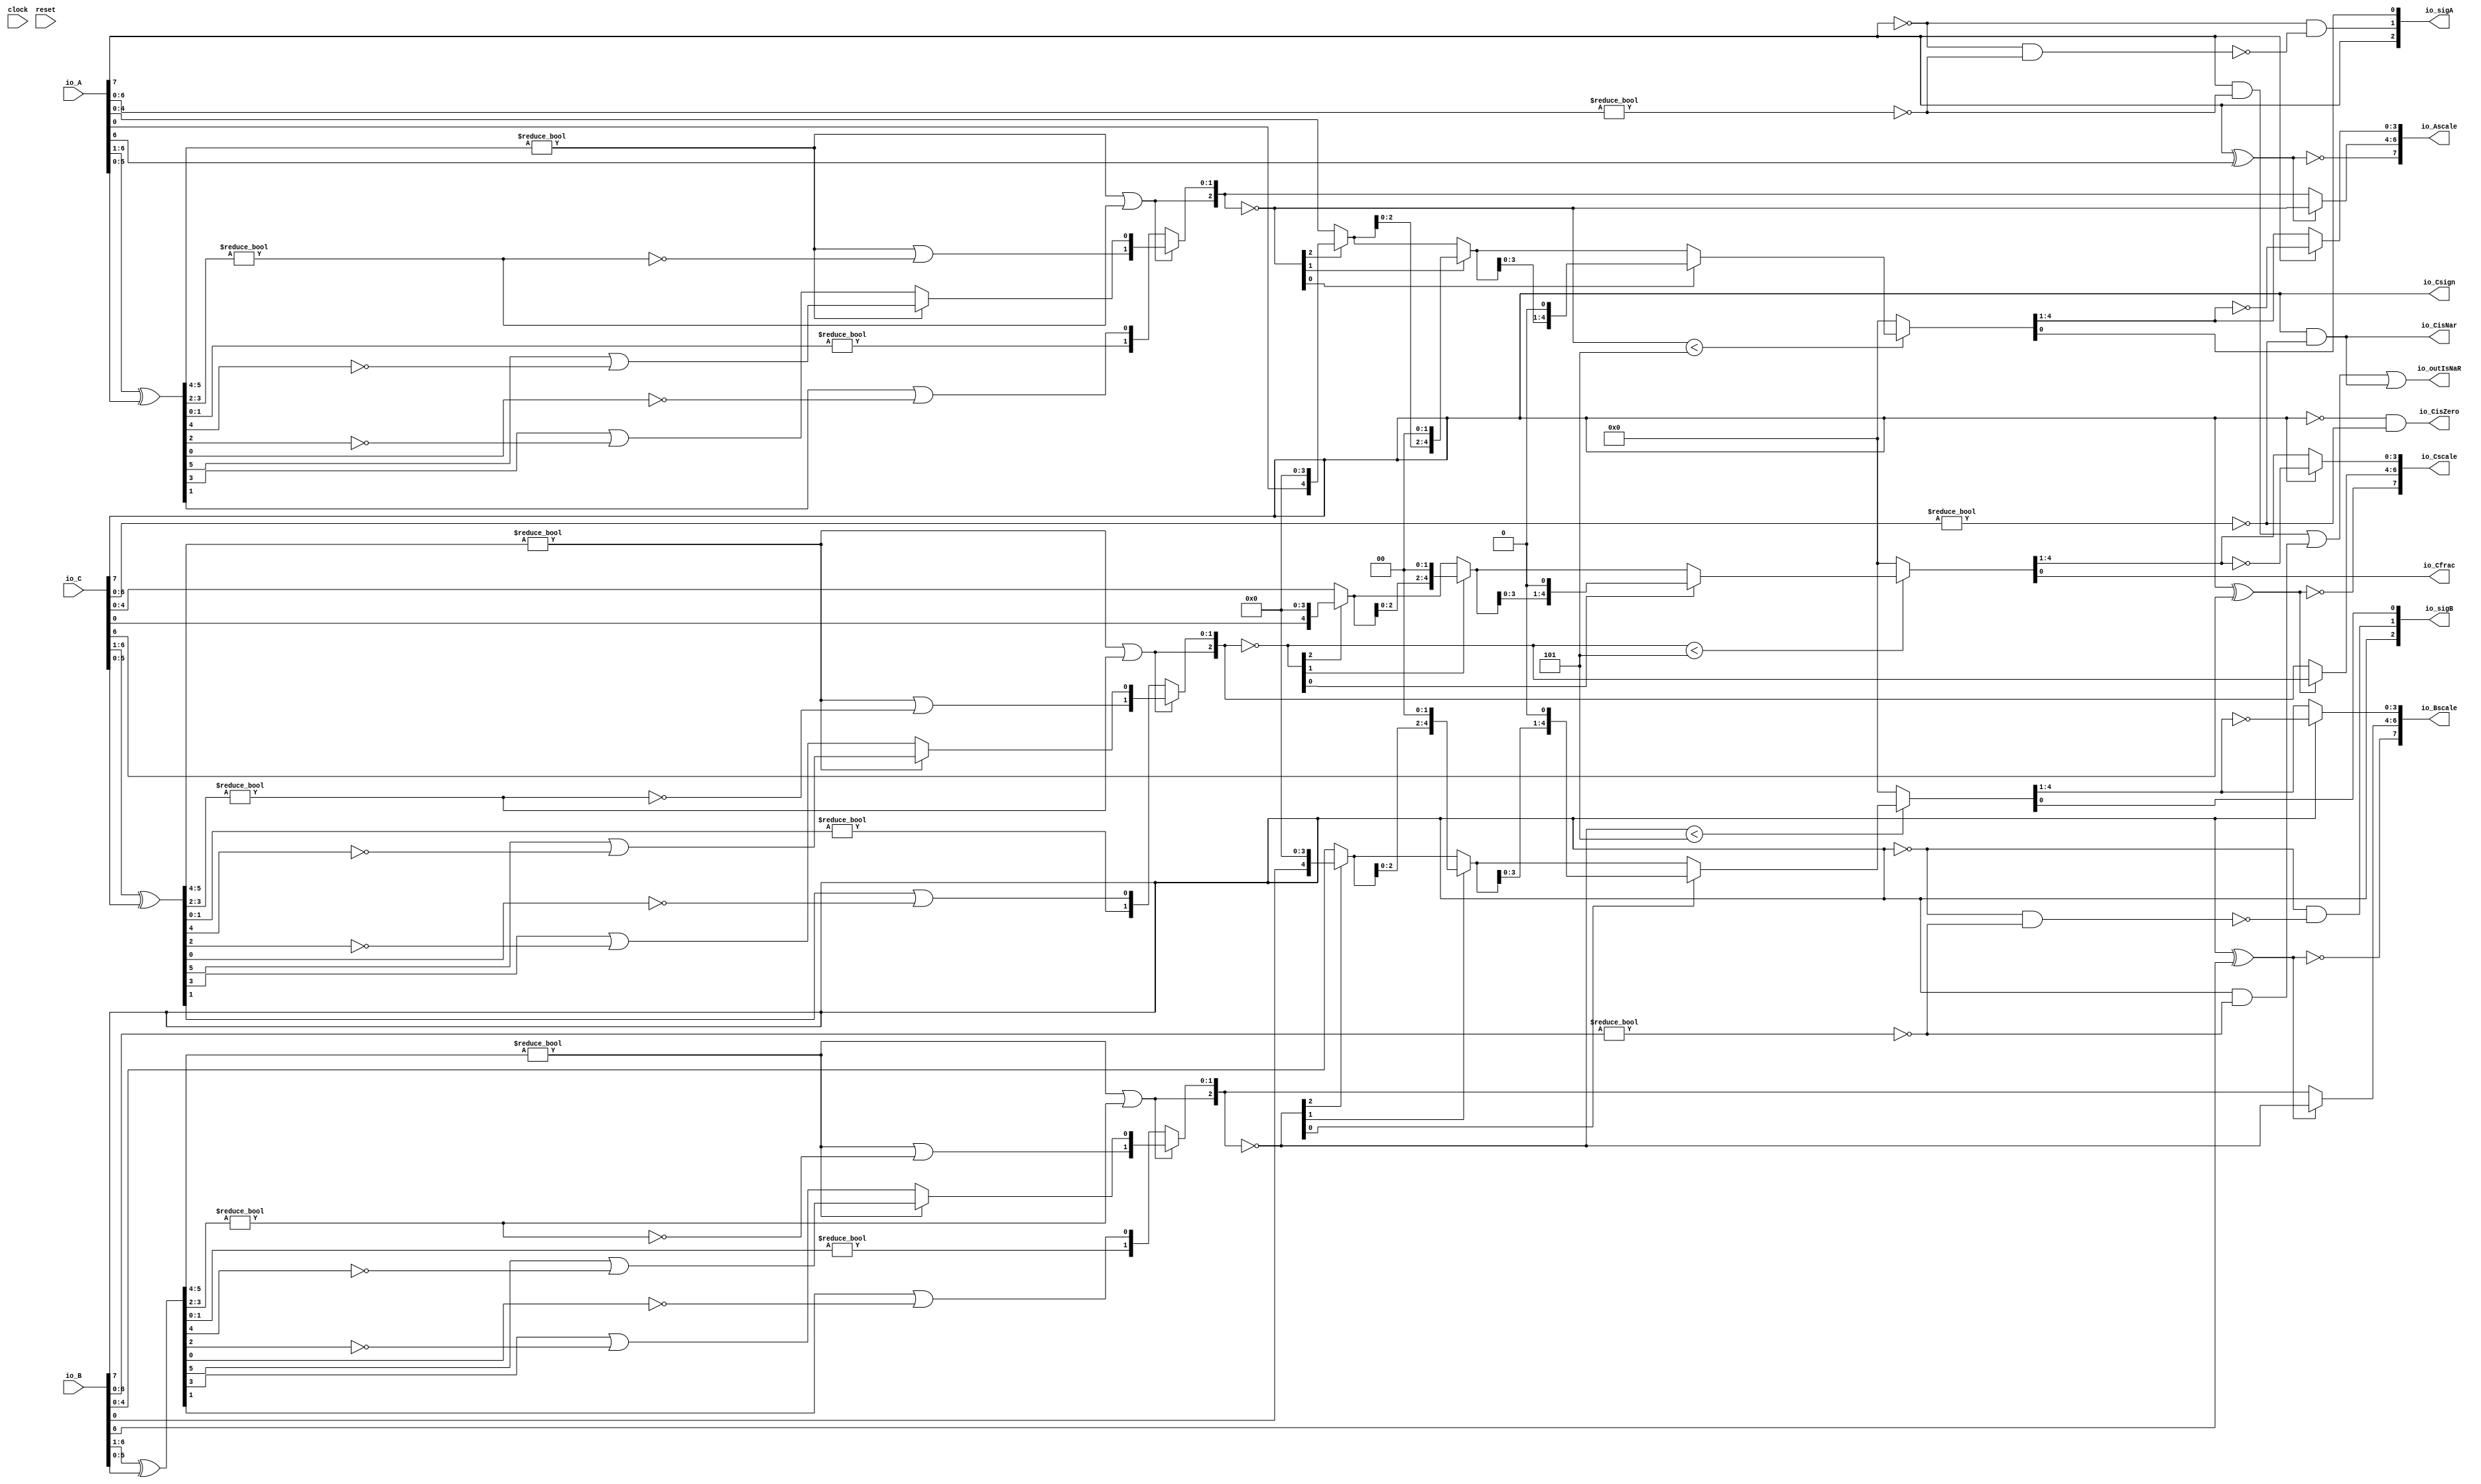
module FMA_Dec8_4(
  input        clock,
  input        reset,
  input  [7:0] io_A,
  input  [7:0] io_B,
  input  [7:0] io_C,
  output [2:0] io_sigA,
  output [2:0] io_sigB,
  output       io_outIsNaR,
  output       io_Csign,
  output       io_CisNar,
  output       io_CisZero,
  output       io_Cfrac,
  output [7:0] io_Ascale,
  output [7:0] io_Bscale,
  output [7:0] io_Cscale
);
  wire [8:0] _T_2; // @[FMA_Dec.scala 38:46]
  wire [7:0] realA; // @[FMA_Dec.scala 38:46]
  wire [8:0] _T_5; // @[FMA_Dec.scala 39:46]
  wire [7:0] realC; // @[FMA_Dec.scala 39:46]
  wire  _T_7; // @[convert.scala 18:24]
  wire  _T_8; // @[convert.scala 18:40]
  wire  _T_9; // @[convert.scala 18:36]
  wire [5:0] _T_10; // @[convert.scala 19:24]
  wire [5:0] _T_11; // @[convert.scala 19:43]
  wire [5:0] _T_12; // @[convert.scala 19:39]
  wire [3:0] _T_13; // @[LZD.scala 43:32]
  wire [1:0] _T_14; // @[LZD.scala 43:32]
  wire  _T_15; // @[LZD.scala 39:14]
  wire  _T_16; // @[LZD.scala 39:21]
  wire  _T_17; // @[LZD.scala 39:30]
  wire  _T_18; // @[LZD.scala 39:27]
  wire  _T_19; // @[LZD.scala 39:25]
  wire [1:0] _T_20; // @[Cat.scala 29:58]
  wire [1:0] _T_21; // @[LZD.scala 44:32]
  wire  _T_22; // @[LZD.scala 39:14]
  wire  _T_23; // @[LZD.scala 39:21]
  wire  _T_24; // @[LZD.scala 39:30]
  wire  _T_25; // @[LZD.scala 39:27]
  wire  _T_26; // @[LZD.scala 39:25]
  wire [1:0] _T_27; // @[Cat.scala 29:58]
  wire  _T_28; // @[Shift.scala 12:21]
  wire  _T_29; // @[Shift.scala 12:21]
  wire  _T_30; // @[LZD.scala 49:16]
  wire  _T_31; // @[LZD.scala 49:27]
  wire  _T_32; // @[LZD.scala 49:25]
  wire  _T_33; // @[LZD.scala 49:47]
  wire  _T_34; // @[LZD.scala 49:59]
  wire  _T_35; // @[LZD.scala 49:35]
  wire [2:0] _T_37; // @[Cat.scala 29:58]
  wire [1:0] _T_38; // @[LZD.scala 44:32]
  wire  _T_39; // @[LZD.scala 39:14]
  wire  _T_40; // @[LZD.scala 39:21]
  wire  _T_41; // @[LZD.scala 39:30]
  wire  _T_42; // @[LZD.scala 39:27]
  wire  _T_43; // @[LZD.scala 39:25]
  wire [1:0] _T_44; // @[Cat.scala 29:58]
  wire  _T_45; // @[Shift.scala 12:21]
  wire [1:0] _T_47; // @[LZD.scala 55:32]
  wire [1:0] _T_48; // @[LZD.scala 55:20]
  wire [2:0] _T_49; // @[Cat.scala 29:58]
  wire [2:0] _T_50; // @[convert.scala 21:22]
  wire [4:0] _T_51; // @[convert.scala 22:36]
  wire  _T_52; // @[Shift.scala 16:24]
  wire  _T_54; // @[Shift.scala 12:21]
  wire  _T_55; // @[Shift.scala 64:52]
  wire [4:0] _T_57; // @[Cat.scala 29:58]
  wire [4:0] _T_58; // @[Shift.scala 64:27]
  wire [1:0] _T_59; // @[Shift.scala 66:70]
  wire  _T_60; // @[Shift.scala 12:21]
  wire [2:0] _T_61; // @[Shift.scala 64:52]
  wire [4:0] _T_63; // @[Cat.scala 29:58]
  wire [4:0] _T_64; // @[Shift.scala 64:27]
  wire  _T_65; // @[Shift.scala 66:70]
  wire [3:0] _T_67; // @[Shift.scala 64:52]
  wire [4:0] _T_68; // @[Cat.scala 29:58]
  wire [4:0] _T_69; // @[Shift.scala 64:27]
  wire [4:0] _T_70; // @[Shift.scala 16:10]
  wire [3:0] _T_71; // @[convert.scala 23:34]
  wire  decA_fraction; // @[convert.scala 24:34]
  wire  _T_73; // @[convert.scala 25:26]
  wire [2:0] _T_75; // @[convert.scala 25:42]
  wire [3:0] _T_78; // @[convert.scala 26:67]
  wire [3:0] _T_79; // @[convert.scala 26:51]
  wire [7:0] _T_80; // @[Cat.scala 29:58]
  wire [6:0] _T_82; // @[convert.scala 29:56]
  wire  _T_83; // @[convert.scala 29:60]
  wire  _T_84; // @[convert.scala 29:41]
  wire  decA_isNaR; // @[convert.scala 29:39]
  wire  _T_87; // @[convert.scala 30:19]
  wire  decA_isZero; // @[convert.scala 30:41]
  wire  _T_96; // @[convert.scala 18:24]
  wire  _T_97; // @[convert.scala 18:40]
  wire  _T_98; // @[convert.scala 18:36]
  wire [5:0] _T_99; // @[convert.scala 19:24]
  wire [5:0] _T_100; // @[convert.scala 19:43]
  wire [5:0] _T_101; // @[convert.scala 19:39]
  wire [3:0] _T_102; // @[LZD.scala 43:32]
  wire [1:0] _T_103; // @[LZD.scala 43:32]
  wire  _T_104; // @[LZD.scala 39:14]
  wire  _T_105; // @[LZD.scala 39:21]
  wire  _T_106; // @[LZD.scala 39:30]
  wire  _T_107; // @[LZD.scala 39:27]
  wire  _T_108; // @[LZD.scala 39:25]
  wire [1:0] _T_109; // @[Cat.scala 29:58]
  wire [1:0] _T_110; // @[LZD.scala 44:32]
  wire  _T_111; // @[LZD.scala 39:14]
  wire  _T_112; // @[LZD.scala 39:21]
  wire  _T_113; // @[LZD.scala 39:30]
  wire  _T_114; // @[LZD.scala 39:27]
  wire  _T_115; // @[LZD.scala 39:25]
  wire [1:0] _T_116; // @[Cat.scala 29:58]
  wire  _T_117; // @[Shift.scala 12:21]
  wire  _T_118; // @[Shift.scala 12:21]
  wire  _T_119; // @[LZD.scala 49:16]
  wire  _T_120; // @[LZD.scala 49:27]
  wire  _T_121; // @[LZD.scala 49:25]
  wire  _T_122; // @[LZD.scala 49:47]
  wire  _T_123; // @[LZD.scala 49:59]
  wire  _T_124; // @[LZD.scala 49:35]
  wire [2:0] _T_126; // @[Cat.scala 29:58]
  wire [1:0] _T_127; // @[LZD.scala 44:32]
  wire  _T_128; // @[LZD.scala 39:14]
  wire  _T_129; // @[LZD.scala 39:21]
  wire  _T_130; // @[LZD.scala 39:30]
  wire  _T_131; // @[LZD.scala 39:27]
  wire  _T_132; // @[LZD.scala 39:25]
  wire [1:0] _T_133; // @[Cat.scala 29:58]
  wire  _T_134; // @[Shift.scala 12:21]
  wire [1:0] _T_136; // @[LZD.scala 55:32]
  wire [1:0] _T_137; // @[LZD.scala 55:20]
  wire [2:0] _T_138; // @[Cat.scala 29:58]
  wire [2:0] _T_139; // @[convert.scala 21:22]
  wire [4:0] _T_140; // @[convert.scala 22:36]
  wire  _T_141; // @[Shift.scala 16:24]
  wire  _T_143; // @[Shift.scala 12:21]
  wire  _T_144; // @[Shift.scala 64:52]
  wire [4:0] _T_146; // @[Cat.scala 29:58]
  wire [4:0] _T_147; // @[Shift.scala 64:27]
  wire [1:0] _T_148; // @[Shift.scala 66:70]
  wire  _T_149; // @[Shift.scala 12:21]
  wire [2:0] _T_150; // @[Shift.scala 64:52]
  wire [4:0] _T_152; // @[Cat.scala 29:58]
  wire [4:0] _T_153; // @[Shift.scala 64:27]
  wire  _T_154; // @[Shift.scala 66:70]
  wire [3:0] _T_156; // @[Shift.scala 64:52]
  wire [4:0] _T_157; // @[Cat.scala 29:58]
  wire [4:0] _T_158; // @[Shift.scala 64:27]
  wire [4:0] _T_159; // @[Shift.scala 16:10]
  wire [3:0] _T_160; // @[convert.scala 23:34]
  wire  decB_fraction; // @[convert.scala 24:34]
  wire  _T_162; // @[convert.scala 25:26]
  wire [2:0] _T_164; // @[convert.scala 25:42]
  wire [3:0] _T_167; // @[convert.scala 26:67]
  wire [3:0] _T_168; // @[convert.scala 26:51]
  wire [7:0] _T_169; // @[Cat.scala 29:58]
  wire [6:0] _T_171; // @[convert.scala 29:56]
  wire  _T_172; // @[convert.scala 29:60]
  wire  _T_173; // @[convert.scala 29:41]
  wire  decB_isNaR; // @[convert.scala 29:39]
  wire  _T_176; // @[convert.scala 30:19]
  wire  decB_isZero; // @[convert.scala 30:41]
  wire  _T_185; // @[convert.scala 18:24]
  wire  _T_186; // @[convert.scala 18:40]
  wire  _T_187; // @[convert.scala 18:36]
  wire [5:0] _T_188; // @[convert.scala 19:24]
  wire [5:0] _T_189; // @[convert.scala 19:43]
  wire [5:0] _T_190; // @[convert.scala 19:39]
  wire [3:0] _T_191; // @[LZD.scala 43:32]
  wire [1:0] _T_192; // @[LZD.scala 43:32]
  wire  _T_193; // @[LZD.scala 39:14]
  wire  _T_194; // @[LZD.scala 39:21]
  wire  _T_195; // @[LZD.scala 39:30]
  wire  _T_196; // @[LZD.scala 39:27]
  wire  _T_197; // @[LZD.scala 39:25]
  wire [1:0] _T_198; // @[Cat.scala 29:58]
  wire [1:0] _T_199; // @[LZD.scala 44:32]
  wire  _T_200; // @[LZD.scala 39:14]
  wire  _T_201; // @[LZD.scala 39:21]
  wire  _T_202; // @[LZD.scala 39:30]
  wire  _T_203; // @[LZD.scala 39:27]
  wire  _T_204; // @[LZD.scala 39:25]
  wire [1:0] _T_205; // @[Cat.scala 29:58]
  wire  _T_206; // @[Shift.scala 12:21]
  wire  _T_207; // @[Shift.scala 12:21]
  wire  _T_208; // @[LZD.scala 49:16]
  wire  _T_209; // @[LZD.scala 49:27]
  wire  _T_210; // @[LZD.scala 49:25]
  wire  _T_211; // @[LZD.scala 49:47]
  wire  _T_212; // @[LZD.scala 49:59]
  wire  _T_213; // @[LZD.scala 49:35]
  wire [2:0] _T_215; // @[Cat.scala 29:58]
  wire [1:0] _T_216; // @[LZD.scala 44:32]
  wire  _T_217; // @[LZD.scala 39:14]
  wire  _T_218; // @[LZD.scala 39:21]
  wire  _T_219; // @[LZD.scala 39:30]
  wire  _T_220; // @[LZD.scala 39:27]
  wire  _T_221; // @[LZD.scala 39:25]
  wire [1:0] _T_222; // @[Cat.scala 29:58]
  wire  _T_223; // @[Shift.scala 12:21]
  wire [1:0] _T_225; // @[LZD.scala 55:32]
  wire [1:0] _T_226; // @[LZD.scala 55:20]
  wire [2:0] _T_227; // @[Cat.scala 29:58]
  wire [2:0] _T_228; // @[convert.scala 21:22]
  wire [4:0] _T_229; // @[convert.scala 22:36]
  wire  _T_230; // @[Shift.scala 16:24]
  wire  _T_232; // @[Shift.scala 12:21]
  wire  _T_233; // @[Shift.scala 64:52]
  wire [4:0] _T_235; // @[Cat.scala 29:58]
  wire [4:0] _T_236; // @[Shift.scala 64:27]
  wire [1:0] _T_237; // @[Shift.scala 66:70]
  wire  _T_238; // @[Shift.scala 12:21]
  wire [2:0] _T_239; // @[Shift.scala 64:52]
  wire [4:0] _T_241; // @[Cat.scala 29:58]
  wire [4:0] _T_242; // @[Shift.scala 64:27]
  wire  _T_243; // @[Shift.scala 66:70]
  wire [3:0] _T_245; // @[Shift.scala 64:52]
  wire [4:0] _T_246; // @[Cat.scala 29:58]
  wire [4:0] _T_247; // @[Shift.scala 64:27]
  wire [4:0] _T_248; // @[Shift.scala 16:10]
  wire [3:0] _T_249; // @[convert.scala 23:34]
  wire  _T_251; // @[convert.scala 25:26]
  wire [2:0] _T_253; // @[convert.scala 25:42]
  wire [3:0] _T_256; // @[convert.scala 26:67]
  wire [3:0] _T_257; // @[convert.scala 26:51]
  wire [7:0] _T_258; // @[Cat.scala 29:58]
  wire [6:0] _T_260; // @[convert.scala 29:56]
  wire  _T_261; // @[convert.scala 29:60]
  wire  _T_262; // @[convert.scala 29:41]
  wire  decC_isNaR; // @[convert.scala 29:39]
  wire  _T_265; // @[convert.scala 30:19]
  wire  _T_273; // @[FMA_Dec.scala 46:30]
  wire  _T_275; // @[FMA_Dec.scala 49:34]
  wire  _T_276; // @[FMA_Dec.scala 49:47]
  wire  _T_277; // @[FMA_Dec.scala 49:45]
  wire [2:0] _T_279; // @[Cat.scala 29:58]
  wire  _T_281; // @[FMA_Dec.scala 50:34]
  wire  _T_282; // @[FMA_Dec.scala 50:47]
  wire  _T_283; // @[FMA_Dec.scala 50:45]
  wire [2:0] _T_285; // @[Cat.scala 29:58]
  assign _T_2 = {{1'd0}, io_A}; // @[FMA_Dec.scala 38:46]
  assign realA = _T_2[7:0]; // @[FMA_Dec.scala 38:46]
  assign _T_5 = {{1'd0}, io_C}; // @[FMA_Dec.scala 39:46]
  assign realC = _T_5[7:0]; // @[FMA_Dec.scala 39:46]
  assign _T_7 = realA[7]; // @[convert.scala 18:24]
  assign _T_8 = realA[6]; // @[convert.scala 18:40]
  assign _T_9 = _T_7 ^ _T_8; // @[convert.scala 18:36]
  assign _T_10 = realA[6:1]; // @[convert.scala 19:24]
  assign _T_11 = realA[5:0]; // @[convert.scala 19:43]
  assign _T_12 = _T_10 ^ _T_11; // @[convert.scala 19:39]
  assign _T_13 = _T_12[5:2]; // @[LZD.scala 43:32]
  assign _T_14 = _T_13[3:2]; // @[LZD.scala 43:32]
  assign _T_15 = _T_14 != 2'h0; // @[LZD.scala 39:14]
  assign _T_16 = _T_14[1]; // @[LZD.scala 39:21]
  assign _T_17 = _T_14[0]; // @[LZD.scala 39:30]
  assign _T_18 = ~ _T_17; // @[LZD.scala 39:27]
  assign _T_19 = _T_16 | _T_18; // @[LZD.scala 39:25]
  assign _T_20 = {_T_15,_T_19}; // @[Cat.scala 29:58]
  assign _T_21 = _T_13[1:0]; // @[LZD.scala 44:32]
  assign _T_22 = _T_21 != 2'h0; // @[LZD.scala 39:14]
  assign _T_23 = _T_21[1]; // @[LZD.scala 39:21]
  assign _T_24 = _T_21[0]; // @[LZD.scala 39:30]
  assign _T_25 = ~ _T_24; // @[LZD.scala 39:27]
  assign _T_26 = _T_23 | _T_25; // @[LZD.scala 39:25]
  assign _T_27 = {_T_22,_T_26}; // @[Cat.scala 29:58]
  assign _T_28 = _T_20[1]; // @[Shift.scala 12:21]
  assign _T_29 = _T_27[1]; // @[Shift.scala 12:21]
  assign _T_30 = _T_28 | _T_29; // @[LZD.scala 49:16]
  assign _T_31 = ~ _T_29; // @[LZD.scala 49:27]
  assign _T_32 = _T_28 | _T_31; // @[LZD.scala 49:25]
  assign _T_33 = _T_20[0:0]; // @[LZD.scala 49:47]
  assign _T_34 = _T_27[0:0]; // @[LZD.scala 49:59]
  assign _T_35 = _T_28 ? _T_33 : _T_34; // @[LZD.scala 49:35]
  assign _T_37 = {_T_30,_T_32,_T_35}; // @[Cat.scala 29:58]
  assign _T_38 = _T_12[1:0]; // @[LZD.scala 44:32]
  assign _T_39 = _T_38 != 2'h0; // @[LZD.scala 39:14]
  assign _T_40 = _T_38[1]; // @[LZD.scala 39:21]
  assign _T_41 = _T_38[0]; // @[LZD.scala 39:30]
  assign _T_42 = ~ _T_41; // @[LZD.scala 39:27]
  assign _T_43 = _T_40 | _T_42; // @[LZD.scala 39:25]
  assign _T_44 = {_T_39,_T_43}; // @[Cat.scala 29:58]
  assign _T_45 = _T_37[2]; // @[Shift.scala 12:21]
  assign _T_47 = _T_37[1:0]; // @[LZD.scala 55:32]
  assign _T_48 = _T_45 ? _T_47 : _T_44; // @[LZD.scala 55:20]
  assign _T_49 = {_T_45,_T_48}; // @[Cat.scala 29:58]
  assign _T_50 = ~ _T_49; // @[convert.scala 21:22]
  assign _T_51 = realA[4:0]; // @[convert.scala 22:36]
  assign _T_52 = _T_50 < 3'h5; // @[Shift.scala 16:24]
  assign _T_54 = _T_50[2]; // @[Shift.scala 12:21]
  assign _T_55 = _T_51[0:0]; // @[Shift.scala 64:52]
  assign _T_57 = {_T_55,4'h0}; // @[Cat.scala 29:58]
  assign _T_58 = _T_54 ? _T_57 : _T_51; // @[Shift.scala 64:27]
  assign _T_59 = _T_50[1:0]; // @[Shift.scala 66:70]
  assign _T_60 = _T_59[1]; // @[Shift.scala 12:21]
  assign _T_61 = _T_58[2:0]; // @[Shift.scala 64:52]
  assign _T_63 = {_T_61,2'h0}; // @[Cat.scala 29:58]
  assign _T_64 = _T_60 ? _T_63 : _T_58; // @[Shift.scala 64:27]
  assign _T_65 = _T_59[0:0]; // @[Shift.scala 66:70]
  assign _T_67 = _T_64[3:0]; // @[Shift.scala 64:52]
  assign _T_68 = {_T_67,1'h0}; // @[Cat.scala 29:58]
  assign _T_69 = _T_65 ? _T_68 : _T_64; // @[Shift.scala 64:27]
  assign _T_70 = _T_52 ? _T_69 : 5'h0; // @[Shift.scala 16:10]
  assign _T_71 = _T_70[4:1]; // @[convert.scala 23:34]
  assign decA_fraction = _T_70[0:0]; // @[convert.scala 24:34]
  assign _T_73 = _T_9 == 1'h0; // @[convert.scala 25:26]
  assign _T_75 = _T_9 ? _T_50 : _T_49; // @[convert.scala 25:42]
  assign _T_78 = ~ _T_71; // @[convert.scala 26:67]
  assign _T_79 = _T_7 ? _T_78 : _T_71; // @[convert.scala 26:51]
  assign _T_80 = {_T_73,_T_75,_T_79}; // @[Cat.scala 29:58]
  assign _T_82 = realA[6:0]; // @[convert.scala 29:56]
  assign _T_83 = _T_82 != 7'h0; // @[convert.scala 29:60]
  assign _T_84 = ~ _T_83; // @[convert.scala 29:41]
  assign decA_isNaR = _T_7 & _T_84; // @[convert.scala 29:39]
  assign _T_87 = _T_7 == 1'h0; // @[convert.scala 30:19]
  assign decA_isZero = _T_87 & _T_84; // @[convert.scala 30:41]
  assign _T_96 = io_B[7]; // @[convert.scala 18:24]
  assign _T_97 = io_B[6]; // @[convert.scala 18:40]
  assign _T_98 = _T_96 ^ _T_97; // @[convert.scala 18:36]
  assign _T_99 = io_B[6:1]; // @[convert.scala 19:24]
  assign _T_100 = io_B[5:0]; // @[convert.scala 19:43]
  assign _T_101 = _T_99 ^ _T_100; // @[convert.scala 19:39]
  assign _T_102 = _T_101[5:2]; // @[LZD.scala 43:32]
  assign _T_103 = _T_102[3:2]; // @[LZD.scala 43:32]
  assign _T_104 = _T_103 != 2'h0; // @[LZD.scala 39:14]
  assign _T_105 = _T_103[1]; // @[LZD.scala 39:21]
  assign _T_106 = _T_103[0]; // @[LZD.scala 39:30]
  assign _T_107 = ~ _T_106; // @[LZD.scala 39:27]
  assign _T_108 = _T_105 | _T_107; // @[LZD.scala 39:25]
  assign _T_109 = {_T_104,_T_108}; // @[Cat.scala 29:58]
  assign _T_110 = _T_102[1:0]; // @[LZD.scala 44:32]
  assign _T_111 = _T_110 != 2'h0; // @[LZD.scala 39:14]
  assign _T_112 = _T_110[1]; // @[LZD.scala 39:21]
  assign _T_113 = _T_110[0]; // @[LZD.scala 39:30]
  assign _T_114 = ~ _T_113; // @[LZD.scala 39:27]
  assign _T_115 = _T_112 | _T_114; // @[LZD.scala 39:25]
  assign _T_116 = {_T_111,_T_115}; // @[Cat.scala 29:58]
  assign _T_117 = _T_109[1]; // @[Shift.scala 12:21]
  assign _T_118 = _T_116[1]; // @[Shift.scala 12:21]
  assign _T_119 = _T_117 | _T_118; // @[LZD.scala 49:16]
  assign _T_120 = ~ _T_118; // @[LZD.scala 49:27]
  assign _T_121 = _T_117 | _T_120; // @[LZD.scala 49:25]
  assign _T_122 = _T_109[0:0]; // @[LZD.scala 49:47]
  assign _T_123 = _T_116[0:0]; // @[LZD.scala 49:59]
  assign _T_124 = _T_117 ? _T_122 : _T_123; // @[LZD.scala 49:35]
  assign _T_126 = {_T_119,_T_121,_T_124}; // @[Cat.scala 29:58]
  assign _T_127 = _T_101[1:0]; // @[LZD.scala 44:32]
  assign _T_128 = _T_127 != 2'h0; // @[LZD.scala 39:14]
  assign _T_129 = _T_127[1]; // @[LZD.scala 39:21]
  assign _T_130 = _T_127[0]; // @[LZD.scala 39:30]
  assign _T_131 = ~ _T_130; // @[LZD.scala 39:27]
  assign _T_132 = _T_129 | _T_131; // @[LZD.scala 39:25]
  assign _T_133 = {_T_128,_T_132}; // @[Cat.scala 29:58]
  assign _T_134 = _T_126[2]; // @[Shift.scala 12:21]
  assign _T_136 = _T_126[1:0]; // @[LZD.scala 55:32]
  assign _T_137 = _T_134 ? _T_136 : _T_133; // @[LZD.scala 55:20]
  assign _T_138 = {_T_134,_T_137}; // @[Cat.scala 29:58]
  assign _T_139 = ~ _T_138; // @[convert.scala 21:22]
  assign _T_140 = io_B[4:0]; // @[convert.scala 22:36]
  assign _T_141 = _T_139 < 3'h5; // @[Shift.scala 16:24]
  assign _T_143 = _T_139[2]; // @[Shift.scala 12:21]
  assign _T_144 = _T_140[0:0]; // @[Shift.scala 64:52]
  assign _T_146 = {_T_144,4'h0}; // @[Cat.scala 29:58]
  assign _T_147 = _T_143 ? _T_146 : _T_140; // @[Shift.scala 64:27]
  assign _T_148 = _T_139[1:0]; // @[Shift.scala 66:70]
  assign _T_149 = _T_148[1]; // @[Shift.scala 12:21]
  assign _T_150 = _T_147[2:0]; // @[Shift.scala 64:52]
  assign _T_152 = {_T_150,2'h0}; // @[Cat.scala 29:58]
  assign _T_153 = _T_149 ? _T_152 : _T_147; // @[Shift.scala 64:27]
  assign _T_154 = _T_148[0:0]; // @[Shift.scala 66:70]
  assign _T_156 = _T_153[3:0]; // @[Shift.scala 64:52]
  assign _T_157 = {_T_156,1'h0}; // @[Cat.scala 29:58]
  assign _T_158 = _T_154 ? _T_157 : _T_153; // @[Shift.scala 64:27]
  assign _T_159 = _T_141 ? _T_158 : 5'h0; // @[Shift.scala 16:10]
  assign _T_160 = _T_159[4:1]; // @[convert.scala 23:34]
  assign decB_fraction = _T_159[0:0]; // @[convert.scala 24:34]
  assign _T_162 = _T_98 == 1'h0; // @[convert.scala 25:26]
  assign _T_164 = _T_98 ? _T_139 : _T_138; // @[convert.scala 25:42]
  assign _T_167 = ~ _T_160; // @[convert.scala 26:67]
  assign _T_168 = _T_96 ? _T_167 : _T_160; // @[convert.scala 26:51]
  assign _T_169 = {_T_162,_T_164,_T_168}; // @[Cat.scala 29:58]
  assign _T_171 = io_B[6:0]; // @[convert.scala 29:56]
  assign _T_172 = _T_171 != 7'h0; // @[convert.scala 29:60]
  assign _T_173 = ~ _T_172; // @[convert.scala 29:41]
  assign decB_isNaR = _T_96 & _T_173; // @[convert.scala 29:39]
  assign _T_176 = _T_96 == 1'h0; // @[convert.scala 30:19]
  assign decB_isZero = _T_176 & _T_173; // @[convert.scala 30:41]
  assign _T_185 = realC[7]; // @[convert.scala 18:24]
  assign _T_186 = realC[6]; // @[convert.scala 18:40]
  assign _T_187 = _T_185 ^ _T_186; // @[convert.scala 18:36]
  assign _T_188 = realC[6:1]; // @[convert.scala 19:24]
  assign _T_189 = realC[5:0]; // @[convert.scala 19:43]
  assign _T_190 = _T_188 ^ _T_189; // @[convert.scala 19:39]
  assign _T_191 = _T_190[5:2]; // @[LZD.scala 43:32]
  assign _T_192 = _T_191[3:2]; // @[LZD.scala 43:32]
  assign _T_193 = _T_192 != 2'h0; // @[LZD.scala 39:14]
  assign _T_194 = _T_192[1]; // @[LZD.scala 39:21]
  assign _T_195 = _T_192[0]; // @[LZD.scala 39:30]
  assign _T_196 = ~ _T_195; // @[LZD.scala 39:27]
  assign _T_197 = _T_194 | _T_196; // @[LZD.scala 39:25]
  assign _T_198 = {_T_193,_T_197}; // @[Cat.scala 29:58]
  assign _T_199 = _T_191[1:0]; // @[LZD.scala 44:32]
  assign _T_200 = _T_199 != 2'h0; // @[LZD.scala 39:14]
  assign _T_201 = _T_199[1]; // @[LZD.scala 39:21]
  assign _T_202 = _T_199[0]; // @[LZD.scala 39:30]
  assign _T_203 = ~ _T_202; // @[LZD.scala 39:27]
  assign _T_204 = _T_201 | _T_203; // @[LZD.scala 39:25]
  assign _T_205 = {_T_200,_T_204}; // @[Cat.scala 29:58]
  assign _T_206 = _T_198[1]; // @[Shift.scala 12:21]
  assign _T_207 = _T_205[1]; // @[Shift.scala 12:21]
  assign _T_208 = _T_206 | _T_207; // @[LZD.scala 49:16]
  assign _T_209 = ~ _T_207; // @[LZD.scala 49:27]
  assign _T_210 = _T_206 | _T_209; // @[LZD.scala 49:25]
  assign _T_211 = _T_198[0:0]; // @[LZD.scala 49:47]
  assign _T_212 = _T_205[0:0]; // @[LZD.scala 49:59]
  assign _T_213 = _T_206 ? _T_211 : _T_212; // @[LZD.scala 49:35]
  assign _T_215 = {_T_208,_T_210,_T_213}; // @[Cat.scala 29:58]
  assign _T_216 = _T_190[1:0]; // @[LZD.scala 44:32]
  assign _T_217 = _T_216 != 2'h0; // @[LZD.scala 39:14]
  assign _T_218 = _T_216[1]; // @[LZD.scala 39:21]
  assign _T_219 = _T_216[0]; // @[LZD.scala 39:30]
  assign _T_220 = ~ _T_219; // @[LZD.scala 39:27]
  assign _T_221 = _T_218 | _T_220; // @[LZD.scala 39:25]
  assign _T_222 = {_T_217,_T_221}; // @[Cat.scala 29:58]
  assign _T_223 = _T_215[2]; // @[Shift.scala 12:21]
  assign _T_225 = _T_215[1:0]; // @[LZD.scala 55:32]
  assign _T_226 = _T_223 ? _T_225 : _T_222; // @[LZD.scala 55:20]
  assign _T_227 = {_T_223,_T_226}; // @[Cat.scala 29:58]
  assign _T_228 = ~ _T_227; // @[convert.scala 21:22]
  assign _T_229 = realC[4:0]; // @[convert.scala 22:36]
  assign _T_230 = _T_228 < 3'h5; // @[Shift.scala 16:24]
  assign _T_232 = _T_228[2]; // @[Shift.scala 12:21]
  assign _T_233 = _T_229[0:0]; // @[Shift.scala 64:52]
  assign _T_235 = {_T_233,4'h0}; // @[Cat.scala 29:58]
  assign _T_236 = _T_232 ? _T_235 : _T_229; // @[Shift.scala 64:27]
  assign _T_237 = _T_228[1:0]; // @[Shift.scala 66:70]
  assign _T_238 = _T_237[1]; // @[Shift.scala 12:21]
  assign _T_239 = _T_236[2:0]; // @[Shift.scala 64:52]
  assign _T_241 = {_T_239,2'h0}; // @[Cat.scala 29:58]
  assign _T_242 = _T_238 ? _T_241 : _T_236; // @[Shift.scala 64:27]
  assign _T_243 = _T_237[0:0]; // @[Shift.scala 66:70]
  assign _T_245 = _T_242[3:0]; // @[Shift.scala 64:52]
  assign _T_246 = {_T_245,1'h0}; // @[Cat.scala 29:58]
  assign _T_247 = _T_243 ? _T_246 : _T_242; // @[Shift.scala 64:27]
  assign _T_248 = _T_230 ? _T_247 : 5'h0; // @[Shift.scala 16:10]
  assign _T_249 = _T_248[4:1]; // @[convert.scala 23:34]
  assign _T_251 = _T_187 == 1'h0; // @[convert.scala 25:26]
  assign _T_253 = _T_187 ? _T_228 : _T_227; // @[convert.scala 25:42]
  assign _T_256 = ~ _T_249; // @[convert.scala 26:67]
  assign _T_257 = _T_185 ? _T_256 : _T_249; // @[convert.scala 26:51]
  assign _T_258 = {_T_251,_T_253,_T_257}; // @[Cat.scala 29:58]
  assign _T_260 = realC[6:0]; // @[convert.scala 29:56]
  assign _T_261 = _T_260 != 7'h0; // @[convert.scala 29:60]
  assign _T_262 = ~ _T_261; // @[convert.scala 29:41]
  assign decC_isNaR = _T_185 & _T_262; // @[convert.scala 29:39]
  assign _T_265 = _T_185 == 1'h0; // @[convert.scala 30:19]
  assign _T_273 = decA_isNaR | decB_isNaR; // @[FMA_Dec.scala 46:30]
  assign _T_275 = ~ _T_7; // @[FMA_Dec.scala 49:34]
  assign _T_276 = ~ decA_isZero; // @[FMA_Dec.scala 49:47]
  assign _T_277 = _T_275 & _T_276; // @[FMA_Dec.scala 49:45]
  assign _T_279 = {_T_7,_T_277,decA_fraction}; // @[Cat.scala 29:58]
  assign _T_281 = ~ _T_96; // @[FMA_Dec.scala 50:34]
  assign _T_282 = ~ decB_isZero; // @[FMA_Dec.scala 50:47]
  assign _T_283 = _T_281 & _T_282; // @[FMA_Dec.scala 50:45]
  assign _T_285 = {_T_96,_T_283,decB_fraction}; // @[Cat.scala 29:58]
  assign io_sigA = $signed(_T_279); // @[FMA_Dec.scala 49:16]
  assign io_sigB = $signed(_T_285); // @[FMA_Dec.scala 50:16]
  assign io_outIsNaR = _T_273 | decC_isNaR; // @[FMA_Dec.scala 46:16]
  assign io_Csign = realC[7]; // @[FMA_Dec.scala 55:12]
  assign io_CisNar = _T_185 & _T_262; // @[FMA_Dec.scala 51:17]
  assign io_CisZero = _T_265 & _T_262; // @[FMA_Dec.scala 52:17]
  assign io_Cfrac = _T_248[0:0]; // @[FMA_Dec.scala 53:17]
  assign io_Ascale = $signed(_T_80); // @[FMA_Dec.scala 47:13]
  assign io_Bscale = $signed(_T_169); // @[FMA_Dec.scala 48:13]
  assign io_Cscale = $signed(_T_258); // @[FMA_Dec.scala 54:16]
endmodule